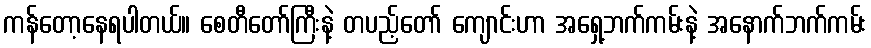
ကန်တော့နေရပါတယ်။ စေတီတော်ကြီးနဲ့ တပည့်တော် ကျောင်းဟာ အရှေ့ဘက်ကမ်းနဲ့ အနောက်ဘက်ကမ်း